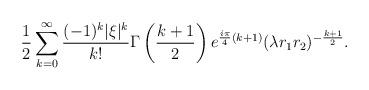
LaTeX: \begin{align*}\frac 12 \sum_{k=0}^\infty \frac{(-1)^k|\xi|^k}{k!}\Gamma\left(\frac{k+1}{2}\right)e^{\frac{i\pi}{4}(k+1)}(\lambda r_1 r_2 )^{- \frac{k+1}{2}}.\end{align*}